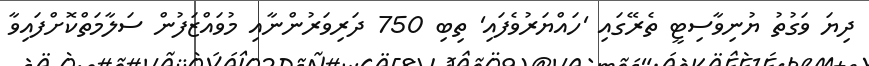
ދިޔަ ވަގުތު ޔުނިވާސިޓީ ތެރޭގައި 'ހައްޔަރުވެފައި' ތިބި 750 ދަރިވަރުންނާއި މުވައްޒަފުން ސަލާމަތްކޮށްފައިވާ